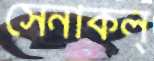
সেনাকল্